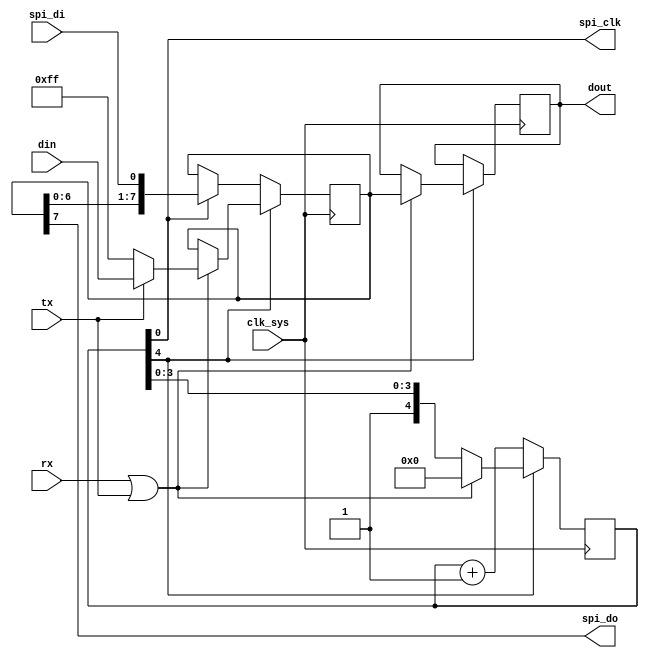
module spi_1
(
	input        clk_sys,
	input        tx,        
	input        rx,        
	input  [7:0] din,
	output [7:0] dout,
	output       spi_clk,
	input        spi_di,
	output       spi_do
);
assign    spi_clk = counter[0];
assign    spi_do  = io_byte[7]; 
assign    dout    = data;
reg [4:0] counter = 5'b10000;  
reg [7:0] io_byte, data;
always @(negedge clk_sys) begin
    if(counter[4]) begin
        if(rx | tx) begin
            counter <= 0;
            data <= io_byte;
            io_byte <= tx ? din : 8'hff;
        end
    end else begin
        if(spi_clk) io_byte <= { io_byte[6:0], spi_di };
        counter <= counter + 2'd1;
    end
end
endmodule